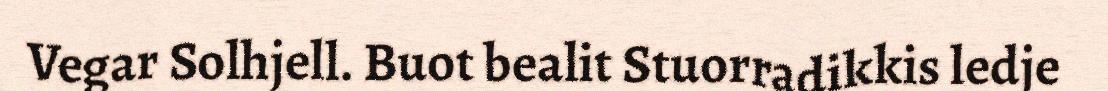
Vegar Solhjell. Buot bealit Stuorradikkis ledje